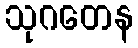
သုဂတေန